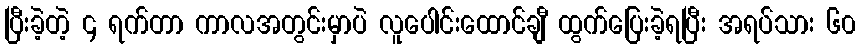
ပြီးခဲ့တဲ့ ၄ ရက်တာ ကာလအတွင်းမှာပဲ လူပေါင်းထောင်ချီ ထွက်ပြေးခဲ့ရပြီး အရပ်သား ၆၀